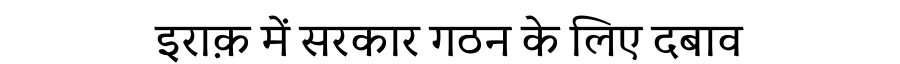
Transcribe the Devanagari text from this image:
इराक़ में सरकार गठन के लिए दबाव